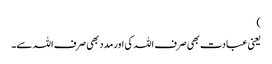
)
یعنی عبادت بھی صرف اللہ کی اور مدد بھی صرف اللہ سے۔